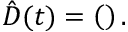
\hat { D } ( t ) = \left( \begin{array} { l l } \end{array} \right) .